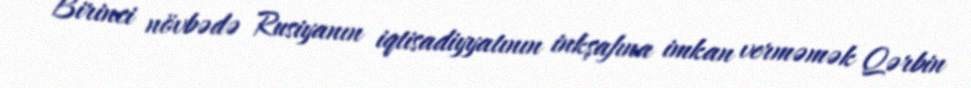
Birinci növbədə Rusiyanın iqtisadiyyatının inkşafına imkan verməmək Qərbin